Indian journal of veterinary science and animal husbandry - Volumes 15-17, 1948-1951
Year: 1948
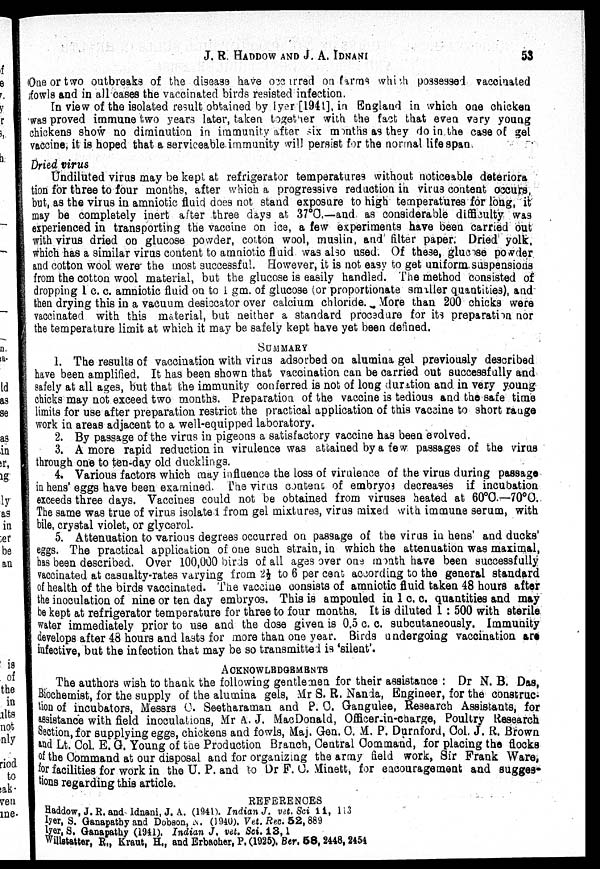
J. R. HADDOW AND J. A.
IDNANI
53
One or two outbreaks of the disease have occurred on farms which possessed vaccinated
fowls and in all cases the vaccinated birds resisted infection.
In view of the isolated result obtained by Iyer [1941], in England in which one chicken
was proved immune two years later, taken together with the fact that even very young
chickens show no diminution in immunity after six months as they do in the case of gel
vaccine, it is hoped that a serviceable immunity will persist for the normal life span
Dried virus
Undiluted virus may be kept at refrigerator temperatures without noticeable deteriora¬
tion for three to four months, after which a progressive reduction in virus content occurs,
but, as the virus in amniotic fluid does not stand exposure to high temperatures for long, it
may be completely inert after three days at 37°C.—and as considerable difficulty was
experienced in transporting the vaccine on ice, a few experiments have been carried out
with virus dried on glucose powder, cotton wool, muslin, and filter paper. Dried yolk,
which has a similar virus content to amniotic fluid was also used. Of these, glucose powder
and cotton wool were the most successful. However, it is not easy to get uniform suspensions
from the cotton wool material, but the glucose is easily handled. The method consisted of
dropping 1 c. c. amniotic fluid on to 1 gm. of glucose (or proportionate smller quantities), and
then drying this in a vacuum desiccator over calcium chloride. More than 200 chicks were
vaccinated with this material, but neither a standard procedure for its preparation nor
the temperature limit at which it may be safely kept have yet been defined.
SUMMARY
1. The results of vaccination with virus adsorbed on alumina gel previously described
have been amplified. It has been shown that vaccination can be carried out successfully and
safely at all ages, but that the immunity conferred is not of long duration and in very young
chicks may not exceed two months. Preparation of the vaccine is tedious and the safe time
limits for use after preparation restrict the practical application of this vaccine to short range
work in areas adjacent to a well-equipped laboratory.
2. By passage of the virus in pigeons a satisfactory vaccine has been evolved.
3. A more rapid reduction in virulence was attained by a few passages of the virus
through one to ten-day old ducklings.
4. Various factors which may influence the loss of virulence of the virus during passage
in hens' eggs have been examined. The virus content of embryos decreases if incubation
exceeds three days. Vaccines could not be obtained from viruses heated at 60°C.—70°C.
The same was true of virus isolated from gel mixtures, virus mixed with immune serum, with
bile, crystal violet, or glycerol.
5. Attenuation to various degrees occurred on passage of the virus in hens' and ducks'
eggs. The practical application of one such strain, in which the attenuation was maximal,
has been described. Over 100,000 birds of all ages over one month have been successfully
vaccinated at casualty-rates varying from 2½ to 6 per cent according to the general standard
of health of the birds vaccinated. The vaccine consists of amniotic fluid taken 48 hours after
the inoculation of nine or ten day embryos. This is ampouled in 1 c. c. quantities and may
be kept at refrigerator temperature for three to four months. It is diluted 1 : 500 with sterile
water immediately prior to use and the dose given is 0.5 c. c. subcutaneously. Immunity
develops after 48 hours and lasts for more than one year. Birds undergoing vaccination are
infective, but the infection that may be so transmitted is 'silent'.
ACKNOWLEDGEMENTS
The authors wish to thank the following gentlemen for their assistance : Dr N. B. Das,
Biochemist, for the supply of the alumina gels, Mr S. R. Nanda, Engineer, for the construc-
tion of incubators, Messrs C. Seetharaman and P. C. Gangulee, Research Assistants, for
assistance with field inoculations, Mr A. J. MacDonald, Officer-in-charge, Poultry Research
Section, for supplying eggs, chickens and fowls, Maj. Gen. C. M. P. Durnford, Col. J. R. Brown
and Lt. Col. E. G. Young of the Production Branch, Central Command, for placing the flocks
of the Command at our disposal and for organizing the army field work, Sir Frank Ware,
for facilities for work in the U. P. and to Dr F. C. Minett, for encouragement and sugges-
tions regarding this article.
REFERENCES
Haddow, J. R. and Idnani, J. A. (1941). Indian J. vet. Sci 11, 113
Iyer, S. Ganapathy and Dobson, N. (1940). Vet. Rec. 52, 889
Iyer, S. Ganapathy (1941). Indian J. vet. Sci. 13, 1
Willstatter, R., Kraut, H., and Erbacher, P. (1925). Ber. 58, 2448, 2454